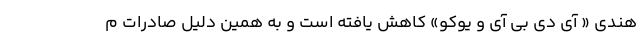
هندی « آی دی بی آی و یوکو» کاهش یافته است و به همین دلیل صادرات م